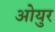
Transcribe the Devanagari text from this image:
ओयुर